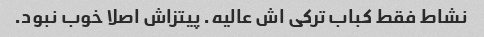
نشاط فقط کباب ترکی اش عالیه. پیتزاش اصلا خوب نبود.